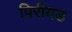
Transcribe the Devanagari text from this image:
पिरीयड